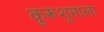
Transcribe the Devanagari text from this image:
कुरूशुमाला